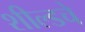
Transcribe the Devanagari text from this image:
शील्डचे